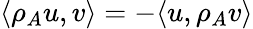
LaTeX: \langle\rho_{A}u,v\rangle=-\langle u,\rho_{A}v\rangle